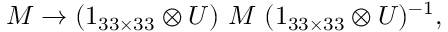
M \rightarrow ( 1 _ { 3 3 \times 3 3 } \otimes U ) \ M \ ( 1 _ { 3 3 \times 3 3 } \otimes U ) ^ { - 1 } ,